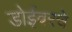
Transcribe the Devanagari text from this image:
डोईवरचे